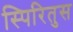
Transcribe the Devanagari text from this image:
स्पिरितुस